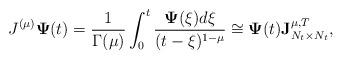
LaTeX: \begin{align*}J^{(\mu)}\mathbf{\Psi}(t)=\frac{1}{\Gamma(\mu)}\int^t_0\frac{\mathbf{\Psi}(\xi)d\xi}{(t-\xi)^{1-\mu}}\cong\mathbf{\Psi}(t)\textbf{J}^{\mu,T}_{N_t\times N_t},\end{align*}